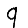
Digit: 9